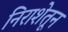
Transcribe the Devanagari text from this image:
निराशेतून